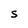
Character: S